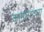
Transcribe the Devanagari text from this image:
कामलन्दला